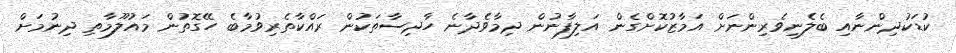
ކުޑަކުދިންނާއި ބެލެނިވެރިންނަށް އަމާޒުކޮށްގެން އަލިފާނުން ދިމާވެދާނެ ހާދިސާތަކުން ރައްކާތެރިވުމާބެ ހޭގޮތުން މައުލޫމާތި ދިނުމަށް